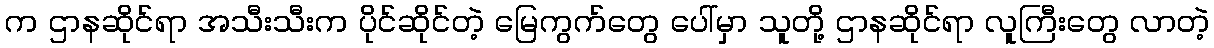
က ဌာနဆိုင်ရာ အသီးသီးက ပိုင်ဆိုင်တဲ့ မြေကွက်တွေ ပေါ်မှာ သူတို့ ဌာနဆိုင်ရာ လူကြီးတွေ လာတဲ့